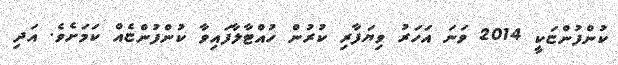
ކުންފުންޏަކީ 2014 ވަނަ އަހަރު ވިޔަފާރި ކުރުން ހުއްޓާލާފައިވާ ކުންފުންޏެއް ކަމަށެވެ. އަދި